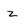
Character: z